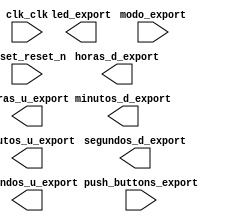

module onchipAlarm (
	clk_clk,
	horas_d_export,
	led_export,
	horas_u_export,
	modo_export,
	push_buttons_export,
	reset_reset_n,
	minutos_d_export,
	minutos_u_export,
	segundos_d_export,
	segundos_u_export);	

	input		clk_clk;
	output	[6:0]	horas_d_export;
	output		led_export;
	output	[6:0]	horas_u_export;
	input		modo_export;
	input	[3:0]	push_buttons_export;
	input		reset_reset_n;
	output	[6:0]	minutos_d_export;
	output	[6:0]	minutos_u_export;
	output	[6:0]	segundos_d_export;
	output	[6:0]	segundos_u_export;
endmodule